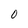
Character: O